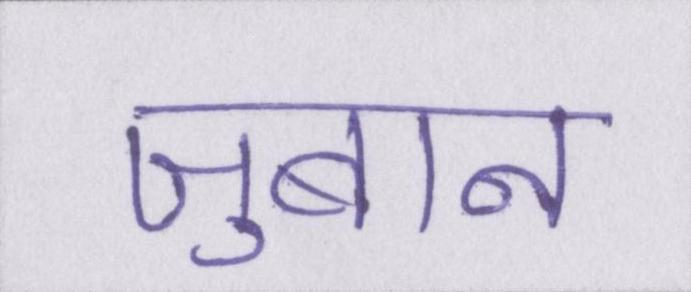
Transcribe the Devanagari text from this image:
ज़ुबान